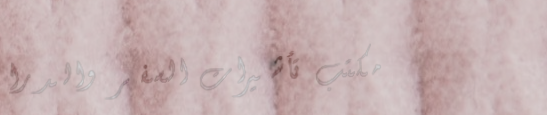
مكتب تأشيرات السفر والدرا